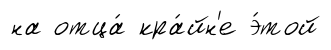
на отца́ кра́йн'е э́той